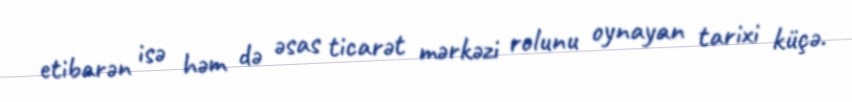
etibarən isə həm də əsas ticarət mərkəzi rolunu oynayan tarixi küçə.